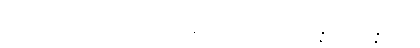
ထိုမြတ်စွာဘုရားသည်။ ဣတိပိ ဣမိနာစကာရဏေန၊ ဤသို့ဝိဇ္ဇာသုံးပါးဝိဇ္ဇာရှစ်ပါး